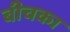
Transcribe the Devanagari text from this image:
बीचका